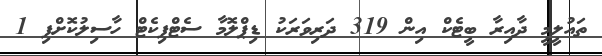
ތައުލީމީ ދާއިރާ ބީޓެކް އިން 319 ދަރިވަރަކު ޑިޕްލޮމާ ސެޓްފިކެޓް ހާސިލުކޮށްފި 1